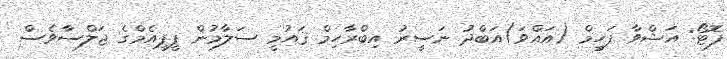
ފޮޓޯ: އަޝްވާ ފަހީމް (އައްވަ)އަބްދު ނަސީރު އިބްރާހިމް ޤައުމީ ސަލާމުން ޕީޕީއެމްގެ ޖަލްސާވެސް